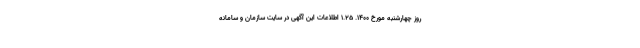
روز چهارشنبه مورخ 1400. 1.25 اطلاعات این آگهی در سایت سازمان و سامانه